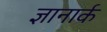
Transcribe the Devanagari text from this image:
ज्ञानार्क